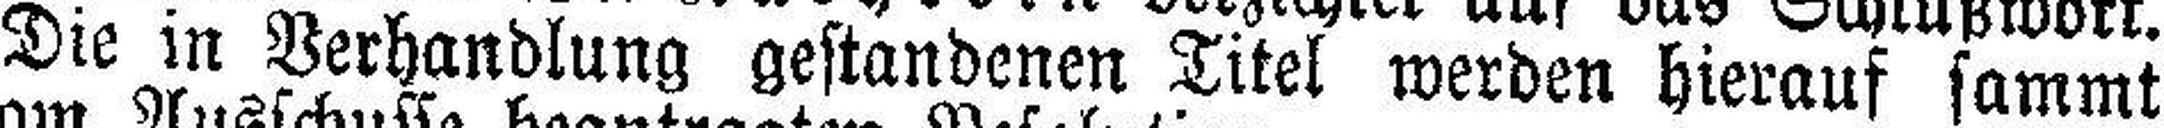
Die in Verhandlung gestandenen Titel werden hierauf sammt